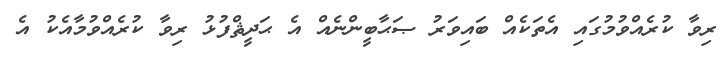
ރިވާ ކުރެއްވުމުގައި އެތަކެއް ބައިވަރު ޞަޙާބީންނެއް އެ ޙަދީޘްފުޅު ރިވާ ކުރެއްވުމާއެކު އެ